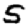
Digit: 5